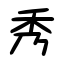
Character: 秀